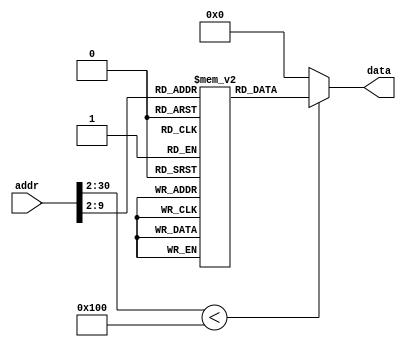
`timescale 1ns/1ps

module ROM (addr,data);
input [30:0] addr;
output [31:0] data;

localparam ROM_SIZE = 256;
(* rom_style = "distributed" *) reg [31:0] ROMDATA[ROM_SIZE-1:0];

assign data=(addr[30:2] < ROM_SIZE)?ROMDATA[addr[30:2]]:32'b0;

integer i;
initial begin

ROMDATA[0] <= 32'b000010_00000_00000_00000_00000_000100; //RESET:  j INIT
ROMDATA[1] <= 32'b000010_00000_00000_00000_00001_101010; //ILLOP:  j INTRPT
ROMDATA[2] <= 32'b000010_00000_00000_00000_00000_000011; //XADR:  j EXPT
ROMDATA[3] <= 32'b000000_11111_00000_00000_00000_001000; //EXPT:  jr $ra
ROMDATA[4] <= 32'b000101_10001_00000_00000_00000_000100; //INIT:  bne $s1, $zero, START
ROMDATA[5] <= 32'b100011_11100_01000_00000_00000_001000; //   lw $t0, 8($gp)
ROMDATA[6] <= 32'b000101_01000_00000_00000_00000_000000; //   bne $t0, $zero, REPEAT
ROMDATA[7] <= 32'b001000_10001_10001_00000_00000_000001; //REPEAT:  addi $s1, $s1, 1
ROMDATA[8] <= 32'b000000_00000_00000_00000_00000_001000; //   jr $zero
ROMDATA[9] <= 32'b001000_00000_01000_00000_00000_111111; //START:  addi $t0, $zero, 0x3f
ROMDATA[10] <= 32'b101011_00000_01000_00000_00000_000000; // sw $t0, 0($zero)
ROMDATA[11] <= 32'b001000_00000_01001_00000_00000_000110; // addi $t1, $zero, 0x06
ROMDATA[12] <= 32'b101011_00000_01001_00000_00000_000100; // sw $t1, 4($zero)
ROMDATA[13] <= 32'b001000_00000_01000_00000_00001_011011; // addi $t0, $zero, 0x5b
ROMDATA[14] <= 32'b101011_00000_01000_00000_00000_001000; // sw $t0, 8($zero)
ROMDATA[15] <= 32'b001000_00000_01001_00000_00001_001111; // addi $t1, $zero, 0x4f
ROMDATA[16] <= 32'b101011_00000_01001_00000_00000_001100; // sw $t1, 12($zero)
ROMDATA[17] <= 32'b001000_00000_01000_00000_00001_100110; // addi $t0, $zero, 0x66
ROMDATA[18] <= 32'b101011_00000_01000_00000_00000_010000; // sw $t0, 16($zero)
ROMDATA[19] <= 32'b001000_00000_01001_00000_00001_101101; // addi $t1, $zero, 0x6d
ROMDATA[20] <= 32'b101011_00000_01001_00000_00000_010100; // sw $t1, 20($zero)
ROMDATA[21] <= 32'b001000_00000_01000_00000_00001_111101; // addi $t0, $zero, 0x7d
ROMDATA[22] <= 32'b101011_00000_01000_00000_00000_011000; // sw $t0, 24($zero)
ROMDATA[23] <= 32'b001000_00000_01001_00000_00000_000111; // addi $t1, $zero, 0x07
ROMDATA[24] <= 32'b101011_00000_01001_00000_00000_011100; // sw $t1, 28($zero)
ROMDATA[25] <= 32'b001000_00000_01000_00000_00001_111111; // addi $t0, $zero, 0x7f
ROMDATA[26] <= 32'b101011_00000_01000_00000_00000_100000; // sw $t0, 32($zero)
ROMDATA[27] <= 32'b001000_00000_01001_00000_00001_101111; // addi $t1, $zero, 0x6f
ROMDATA[28] <= 32'b101011_00000_01001_00000_00000_100100; // sw $t1, 36($zero)
ROMDATA[29] <= 32'b001000_00000_01000_00000_00001_110111; // addi $t0, $zero, 0x77
ROMDATA[30] <= 32'b101011_00000_01000_00000_00000_101000; // sw $t0, 40($zero)
ROMDATA[31] <= 32'b001000_00000_01001_00000_00001_111100; // addi $t1, $zero, 0x7c
ROMDATA[32] <= 32'b101011_00000_01001_00000_00000_101100; // sw $t1, 44($zero)
ROMDATA[33] <= 32'b001000_00000_01000_00000_00000_111001; // addi $t0, $zero, 0x39
ROMDATA[34] <= 32'b101011_00000_01000_00000_00000_110000; // sw $t0, 48($zero)
ROMDATA[35] <= 32'b001000_00000_01001_00000_00001_011110; // addi $t1, $zero, 0x5e
ROMDATA[36] <= 32'b101011_00000_01001_00000_00000_110100; // sw $t1, 52($zero)
ROMDATA[37] <= 32'b001000_00000_01000_00000_00001_111011; // addi $t0, $zero, 0x7b
ROMDATA[38] <= 32'b101011_00000_01000_00000_00000_111000; // sw $t0, 56($zero)
ROMDATA[39] <= 32'b001000_00000_01001_00000_00001_110001; // addi $t1, $zero, 0x71
ROMDATA[40] <= 32'b101011_00000_01001_00000_00000_111100; // sw $t1, 60($zero)
ROMDATA[41] <= 32'b001000_00000_10111_00000_00000_000001; // addi $s7, $zero, 1
ROMDATA[42] <= 32'b001111_00000_11100_01000_00000_000000; // lui $gp, 0x4000
ROMDATA[43] <= 32'b101011_11100_00000_00000_00000_001000; // sw $zero, 8($gp)
ROMDATA[44] <= 32'b001000_00000_01001_00000_00000_000011; // addi $t1, $zero, 3
ROMDATA[45] <= 32'b101011_11100_01001_00000_00000_100000; // sw $t1, 32($gp)
ROMDATA[46] <= 32'b001111_00000_01101_11111_11111_111111; // lui $t5, 0xffff
ROMDATA[47] <= 32'b001101_01101_01101_00111_10010_101111; // ori $t5, $t5, 0x3caf
ROMDATA[48] <= 32'b101011_11100_01101_00000_00000_000000; // sw $t5, 0($gp)
ROMDATA[49] <= 32'b101011_11100_01101_00000_00000_000100; // sw $t5, 4($gp)
ROMDATA[50] <= 32'b001000_00000_01110_00000_00000_000011; // addi $t6, $zero, 3
ROMDATA[51] <= 32'b101011_11100_01110_00000_00000_001000; // sw $t6, 8($gp)
ROMDATA[52] <= 32'b000010_00000_00000_00000_00000_110100; //STAY:  j STAY
ROMDATA[53] <= 32'b001000_11101_11101_11111_11111_110000; //bgcd:  addi $sp, $sp, -16
ROMDATA[54] <= 32'b101011_11101_10100_00000_00000_001100; // sw $s4, 12($sp)
ROMDATA[55] <= 32'b101011_11101_10010_00000_00000_001000; // sw $s2, 8($sp)
ROMDATA[56] <= 32'b101011_11101_10011_00000_00000_000100; // sw $s3, 4($sp)
ROMDATA[57] <= 32'b101011_11101_11111_00000_00000_000000; // sw $ra, 0($sp)
ROMDATA[58] <= 32'b000100_00100_00000_00000_00000_100001; // beq $a0, $zero, Return1
ROMDATA[59] <= 32'b000100_00101_00000_00000_00000_100010; // beq $a1, $zero, Return2
ROMDATA[60] <= 32'b001000_00000_01001_00000_00000_000001; // addi $t1, $zero, 1
ROMDATA[61] <= 32'b000000_00100_01001_10010_00000_100100; // and $s2, $a0, $t1
ROMDATA[62] <= 32'b000000_00101_01001_10011_00000_100100; // and $s3, $a1, $t1
ROMDATA[63] <= 32'b001000_00000_01001_00000_00000_000001; // addi $t1, $zero, 1
ROMDATA[64] <= 32'b000000_10010_10011_01010_00000_100101; // or $t2, $s2, $s3
ROMDATA[65] <= 32'b000101_01001_01010_00000_00000_000100; // bne $t1, $t2, ALLEVEN
ROMDATA[66] <= 32'b000000_10010_10011_01001_00000_100100; // and $t1, $s2, $s3
ROMDATA[67] <= 32'b000101_01001_00000_00000_00000_001100; // bne $t1, $zero, ALLODD
ROMDATA[68] <= 32'b000100_10010_00000_00000_00000_000101; // beq $s2, $zero, ONEEVEN
ROMDATA[69] <= 32'b000100_10011_00000_00000_00000_000111; // beq $s3, $zero, TWOEVEN
ROMDATA[70] <= 32'b000000_00000_00100_00100_00001_000010; //ALLEVEN: srl $a0, $a0, 1
ROMDATA[71] <= 32'b000000_00000_00101_00101_00001_000010; //     srl $a1, $a1, 1
ROMDATA[72] <= 32'b001000_10100_10100_00000_00000_000001; //     addi $s4, $s4, 1
ROMDATA[73] <= 32'b000011_00000_00000_00000_00000_110101; //     jal bgcd
ROMDATA[74] <= 32'b000000_00000_00100_00100_00001_000010; //ONEEVEN: srl $a0, $a0, 1
ROMDATA[75] <= 32'b000000_00101_00000_00101_00000_100000; // add $a1, $a1, $zero
ROMDATA[76] <= 32'b000011_00000_00000_00000_00000_110101; // jal bgcd
ROMDATA[77] <= 32'b000000_00000_00101_00101_00001_000010; //TWOEVEN: srl $a1, $a1, 1
ROMDATA[78] <= 32'b000000_00100_00000_00100_00000_100000; // add $a0, $a0, $zero
ROMDATA[79] <= 32'b000011_00000_00000_00000_00000_110101; // jal  bgcd
ROMDATA[80] <= 32'b000000_00100_00101_01001_00000_101010; //ALLODD:  slt $t1, $a0, $a1
ROMDATA[81] <= 32'b000101_01001_00000_00000_00000_000101; // bne $t1, $zero, ONELTWO
ROMDATA[82] <= 32'b000000_00100_00101_01001_00000_100010; // sub $t1, $a0, $a1
ROMDATA[83] <= 32'b000000_00000_01001_01001_00001_000010; // srl $t1, $t1, 1
ROMDATA[84] <= 32'b000000_01001_00000_00100_00000_100000; // add $a0 $t1, $zero
ROMDATA[85] <= 32'b000000_00101_00000_00101_00000_100000; // add $a1, $a1, $zero
ROMDATA[86] <= 32'b000011_00000_00000_00000_00000_110101; // jal bgcd
ROMDATA[87] <= 32'b000000_00101_00100_01001_00000_100010; //ONELTWO: sub $t1, $a1, $a0
ROMDATA[88] <= 32'b000000_00000_01001_01001_00001_000010; // srl $t1, $t1, 1
ROMDATA[89] <= 32'b000000_01001_00000_00101_00000_100000; // add $a1, $t1, $zero
ROMDATA[90] <= 32'b000000_00100_00000_00100_00000_100000; // add $a0, $a0, $zero
ROMDATA[91] <= 32'b000011_00000_00000_00000_00000_110101; // jal bgcd
ROMDATA[92] <= 32'b000000_00000_00101_00010_00000_100000; //Return1: add $v0, $zero, $a1
ROMDATA[93] <= 32'b000010_00000_00000_00000_00001_100000; // j LOOP
ROMDATA[94] <= 32'b000000_00000_00100_00010_00000_100000; //Return2: add $v0, $zero, $a0
ROMDATA[95] <= 32'b000010_00000_00000_00000_00001_100000; // j LOOP
ROMDATA[96] <= 32'b000100_10100_00000_00000_00000_000100; //LOOP:  beq $s4, $zero, GCDFIN
ROMDATA[97] <= 32'b000000_00000_00010_00010_00001_000000; // sll $v0, $v0, 1
ROMDATA[98] <= 32'b001000_00000_01001_00000_00000_000001; // addi $t1, $zero, 1
ROMDATA[99] <= 32'b000000_10100_01001_10100_00000_100010; // sub $s4, $s4, $t1
ROMDATA[100] <= 32'b000010_00000_00000_00000_00001_100000; // j LOOP
ROMDATA[101] <= 32'b101011_11100_00010_00000_00000_011000; //GCDFIN:  sw $v0, 24($gp)
ROMDATA[102] <= 32'b101011_11100_00010_00000_00000_001100; // sw $v0, 12($gp)
ROMDATA[103] <= 32'b001000_00000_01001_00000_00000_000011; // addi $t1, $zero, 3
ROMDATA[104] <= 32'b101011_11100_01001_00000_00000_100000; // sw $t1, 32($gp)
ROMDATA[105] <= 32'b000010_00000_00000_00000_00000_110100; // j STAY
ROMDATA[106] <= 32'b100011_11100_01111_00000_00000_100000; //INTRPT:  lw $t7, 32($gp)
ROMDATA[107] <= 32'b001010_01111_01001_00000_00000_001000; // slti $t1, $t7, 8
ROMDATA[108] <= 32'b000101_01001_00000_00000_00000_001110; // bne $t1, $zero, TIMER
ROMDATA[109] <= 32'b100011_11100_10000_00000_00000_011100; // lw $s0, 28($gp)
ROMDATA[110] <= 32'b000101_10110_00000_00000_00000_000100; // bne $s6, $zero, ALREADY
ROMDATA[111] <= 32'b000000_00000_10000_00100_00000_100000; // add $a0, $zero, $s0
ROMDATA[112] <= 32'b000000_00000_10000_11000_00000_100000; // add $t8, $zero, $s0
ROMDATA[113] <= 32'b001000_10110_10110_00000_00000_000001; // addi $s6, $s6, 1
ROMDATA[114] <= 32'b000000_11010_00000_00000_00000_001000; // jr $k0
ROMDATA[115] <= 32'b000000_00000_10000_00101_00000_100000; //ALREADY: add $a1, $zero, $s0
ROMDATA[116] <= 32'b000000_00000_10000_11001_00000_100000; // add $t9, $zero, $s0
ROMDATA[117] <= 32'b000000_00000_00000_10110_00000_100000; // add $s6, $zero, $zero
ROMDATA[118] <= 32'b000000_00000_00000_10000_00000_100000; // add $s0, $zero, $zero
ROMDATA[119] <= 32'b001000_00000_01001_00000_00000_000001; // addi $t1, $zero, 1
ROMDATA[120] <= 32'b101011_11100_01001_00000_00000_100000; // sw $t1, 32($gp)
ROMDATA[121] <= 32'b001000_11010_11010_00000_00000_000100; // addi $k0, $k0, 4
ROMDATA[122] <= 32'b000000_11010_00000_00000_00000_001000; // jr $k0
ROMDATA[123] <= 32'b001111_00000_01000_11111_11111_111111; //TIMER:  lui $t0, 0xffff
ROMDATA[124] <= 32'b001101_01000_01000_11111_11111_111001; // ori $t0, $t0, 0xfff9
ROMDATA[125] <= 32'b100011_11100_01001_00000_00000_001000; // lw $t1, 8($gp)
ROMDATA[126] <= 32'b000000_01001_01000_01001_00000_100100; // and $t1, $t1, $t0
ROMDATA[127] <= 32'b101011_11100_01001_00000_00000_001000; // sw $t1, 8($gp)
ROMDATA[128] <= 32'b000000_00000_10111_01010_01000_000000; //DIGI:  sll $t2, $s7, 8
ROMDATA[129] <= 32'b001010_01010_01111_00000_10000_000000; // slti $t7, $t2, 0x400
ROMDATA[130] <= 32'b000101_01111_00000_00000_00000_000111; // bne $t7, $zero, SECOND
ROMDATA[131] <= 32'b001010_01010_01110_00001_00000_000000; //FIRST:  slti $t6, $t2, 0x800
ROMDATA[132] <= 32'b000101_01110_00000_00000_00000_000011; // bne $t6, $zero FIRSTL
ROMDATA[133] <= 32'b001100_11000_01100_00000_00011_110000; //FIRSTH:  andi $t4, $t8, 0x00f0
ROMDATA[134] <= 32'b000000_00000_01100_01100_00100_000010; // srl $t4, $t4, 4
ROMDATA[135] <= 32'b000010_00000_00000_00000_00010_010000; // j DISPLAY
ROMDATA[136] <= 32'b001100_11000_01100_00000_00000_001111; //FIRSTL:  andi $t4, $t8, 0x000f
ROMDATA[137] <= 32'b000010_00000_00000_00000_00010_010000; // j DISPLAY
ROMDATA[138] <= 32'b001010_01010_01110_00000_01000_000000; //SECOND:  slti  $t6, $t2, 0x200
ROMDATA[139] <= 32'b000101_01110_00000_00000_00000_000011; // bne $t6, $zero, SECONDL
ROMDATA[140] <= 32'b001100_11001_01100_00000_00011_110000; //SECONDH: andi $t4, $t9, 0x00f0
ROMDATA[141] <= 32'b000000_00000_01100_01100_00100_000010; // srl $t4, $t4, 4
ROMDATA[142] <= 32'b000010_00000_00000_00000_00010_010000; // j DISPLAY
ROMDATA[143] <= 32'b001100_11001_01100_00000_00000_001111; //SECONDL: andi $t4, $t9, 0x000f
ROMDATA[144] <= 32'b000000_00000_01100_01100_00010_000000; //DISPLAY: sll $t4, $t4, 2
ROMDATA[145] <= 32'b100011_01100_01100_00000_00000_000000; // lw $t4, 0($t4)
ROMDATA[146] <= 32'b000000_01010_01100_01010_00000_100000; // add $t2, $t2, $t4
ROMDATA[147] <= 32'b101011_11100_01010_00000_00000_010100; // sw $t2, 20($gp)
ROMDATA[148] <= 32'b000000_00000_10111_10111_00001_000000; // sll $s7, $s7, 1
ROMDATA[149] <= 32'b001010_10111_01110_00000_00000_001001; // slti $t6, $s7, 0x09
ROMDATA[150] <= 32'b000101_01110_00000_00000_00000_000001; // bne $t6, $zero, FIN
ROMDATA[151] <= 32'b001000_00000_10111_00000_00000_000001; // addi $s7, $zero, 1
ROMDATA[152] <= 32'b100011_11100_01001_00000_00000_001000; //FIN:  lw $t1, 8($gp)
ROMDATA[153] <= 32'b001101_01001_01001_00000_00000_000010; // ori $t1, $t1, 0x0002
ROMDATA[154] <= 32'b101011_11100_01001_00000_00000_001000; // sw $t1, 8($gp)
ROMDATA[155] <= 32'b000000_11010_00000_00000_00000_001000; // jr $k0
//no error

		for (i=156;i<ROM_SIZE;i=i+1) begin
			ROMDATA[i] <= 32'b0;
		end
end
endmodule